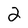
Character: 2